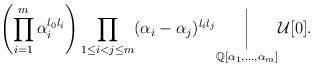
LaTeX: \begin{align*}\left( \prod_{i=1}^{m} \alpha_i^{l_0l_i} \right) \prod_{1 \le i < j \le m} (\alpha_i - \alpha_j)^{l_i l_j} \underset{\mathbb{Q}[\alpha_1, \ldots, \alpha_m]}{\bigg|} \mathcal{U}[0].\end{align*}